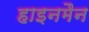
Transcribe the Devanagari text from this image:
हाइनमैन